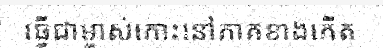
ធ្វើជាម្ចាស់កោះនៅភាគខាងកើត